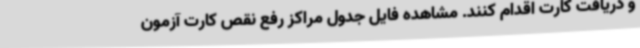
و دریافت کارت اقدام کنند. مشاهده فایل جدول مراکز رفع نقص کارت آزمون